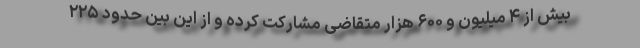
بیش از ۴ میلیون و ۶۰۰ هزار متقاضی مشارکت کرده و از این بین حدود ۲۲۵